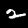
Digit: 2